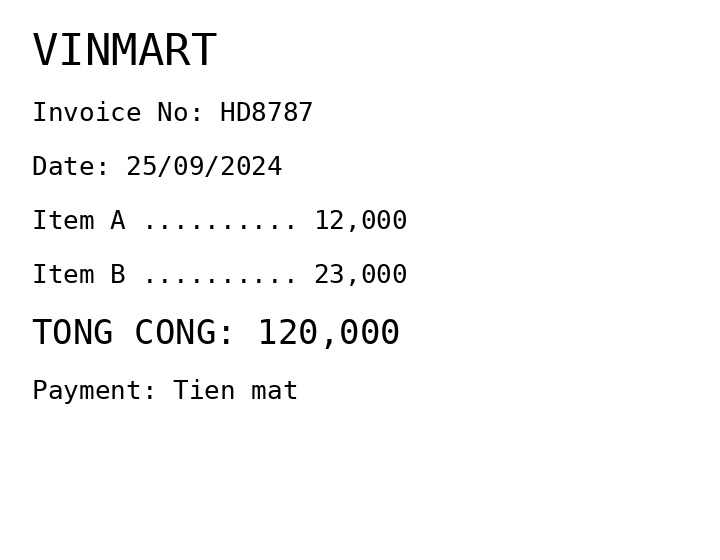
VINMART
Invoice No: HD8787
Date: 25/09/2024
Item A .......... 12,000
Item B .......... 23,000
TONG CONG: 120,000
Payment: Tien mat
Merchant: vinmart
Date: 2024-09-25
Total: 120000
Invoice No: HD8787
Payment method: CASH